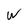
Character: W